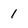
Character: 1